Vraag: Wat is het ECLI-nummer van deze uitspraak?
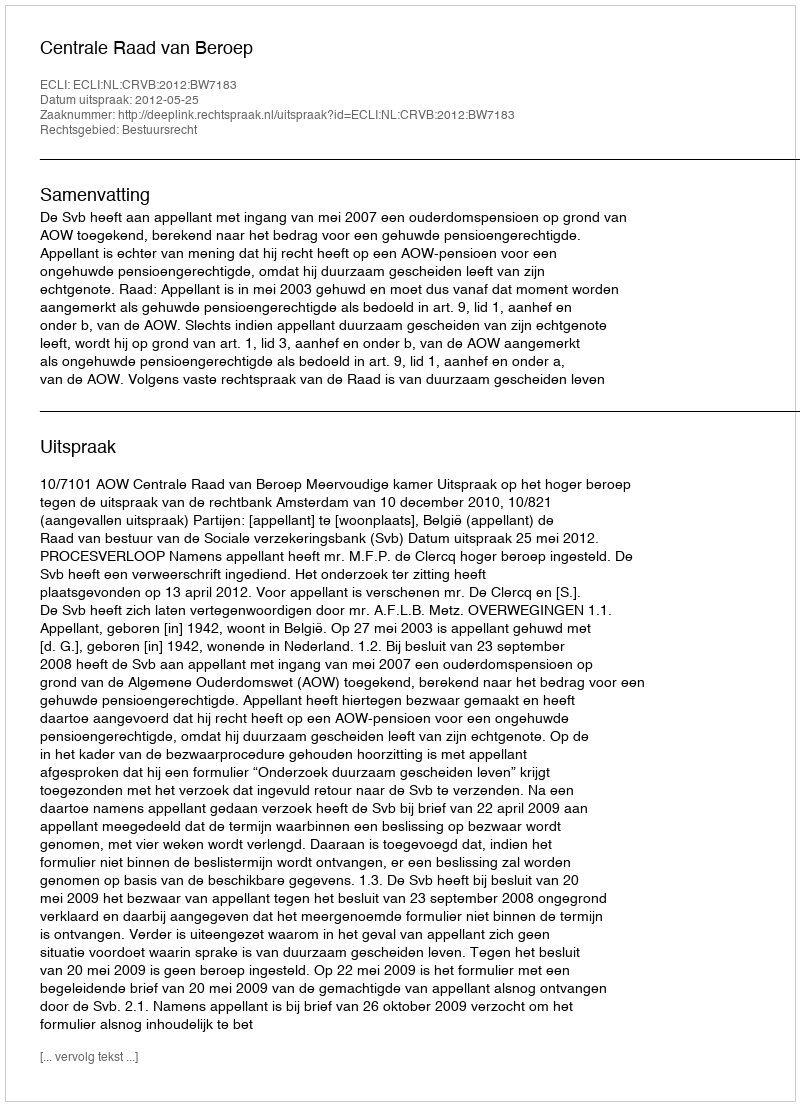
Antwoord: ECLI:NL:CRVB:2012:BW7183